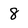
Character: 8